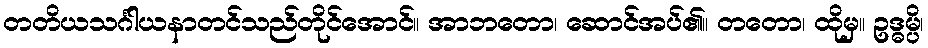
တတိယသင်္ဂါယနာတင်သည်တိုင်အောင်။ အာဘတော၊ ဆောင်အပ်၏။ တတော၊ ထိုမှ။ ဥဒ္ဓမ္ပိ၊